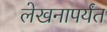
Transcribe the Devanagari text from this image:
लेखनापर्यंत